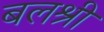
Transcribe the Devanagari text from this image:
बलश्री